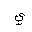
Letter: _ya